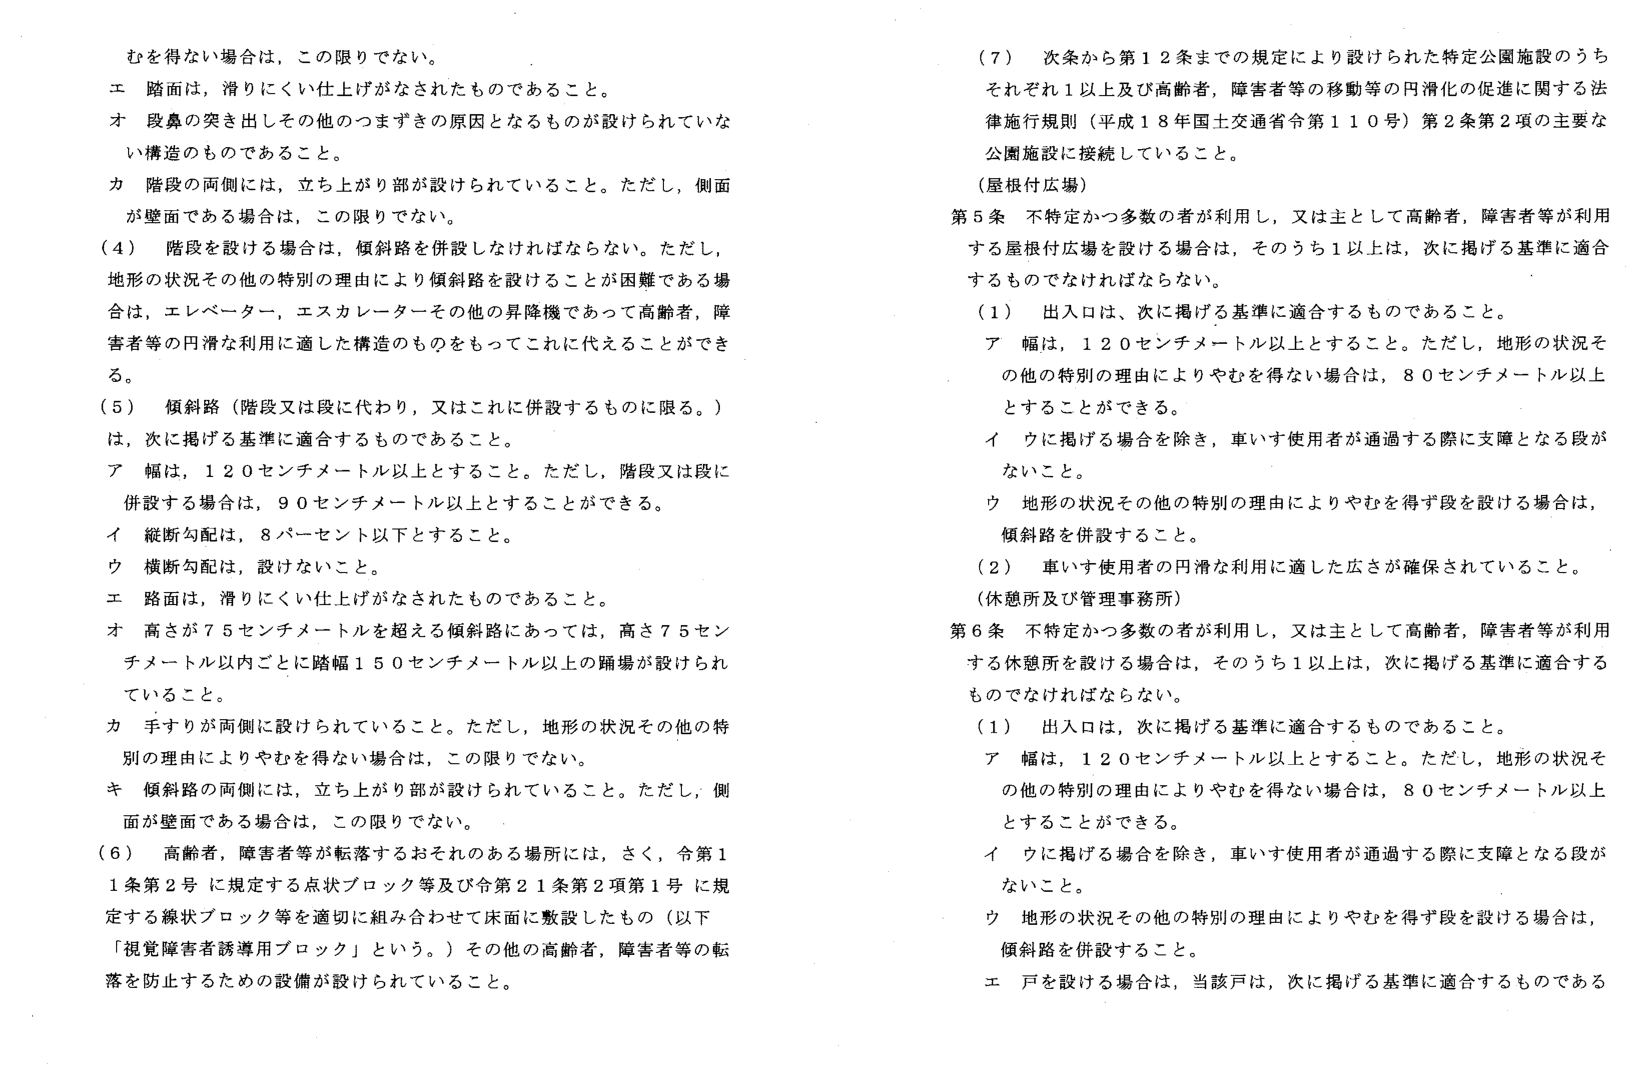
むを得ない場合は、この限りでない。
エ 踏面は、滑りにくい仕上げがなされたものであること。
オ 段鼻の突き出しその他のつまずきの原因となるものが設けられていない構造のものであること。
カ 階段の両側には、立ち上がり部が設けられていること。ただし、側面が壁面である場合は、この限りでない。
（４） 階段を設ける場合は、傾斜路を併設しなければならない。ただし、地形の状況その他の特別の理由により傾斜路を設けることが困難である場合は、エレベーター、エスカレーターその他の昇降機であって高齢者、障害者等の円滑な利用に適した構造のものをもってこれに代えることができる。
（５） 傾斜路（階段又は段に代わり、又はこれに併設するものに限る。）は、次に掲げる基準に適合するものであること。
ア 幅は、１２０センチメートル以上とすること。ただし、階段又は段に併設する場合は、９０センチメートル以上とすることができる。
イ 縦断勾配は、８パーセント以下とすること。
ウ 横断勾配は、設けないこと。
エ 路面は、滑りにくい仕上げがなされたものであること。
オ 高さが７５センチメートルを超える傾斜路にあっては、高さ７５センチメートル以内ごとに踏幅１５０センチメートル以上の踊場が設けられていること。
カ 手すりが両側に設けられていること。ただし、地形の状況その他の特別の理由によりやむを得ない場合は、この限りでない。
キ 傾斜路の両側には、立ち上がり部が設けられていること。ただし、側面が壁面である場合は、この限りでない。
（６） 高齢者、障害者等が転落するおそれのある場所には、さく、令第１１条第２号に規定する点状ブロック等及び令第２１条第２項第１号に規定する線状ブロック等を適切に組み合わせて床面に敷設したもの（以下「視覚障害者誘導用ブロック」という。）その他の高齢者、障害者等の転落を防止するための設備が設けられていること。
（７） 次条から第１２条までの規定により設けられた特定公園施設のうちそれぞれ１以上及び高齢者、障害者等の移動等の円滑化の促進に関する法律施行規則（平成１８年国土交通省令第１１０号）第２条第２項の主要な公園施設に接続していること。
（屋根付広場）
第５条 不特定かつ多数の者が利用し、又は主として高齢者、障害者等が利用する屋根付広場を設ける場合は、そのうち１以上は、次に掲げる基準に適合するものでなければならない。
（１） 出入口は、次に掲げる基準に適合するものであること。
ア 幅は、１２０センチメートル以上とすること。ただし、地形の状況その他の特別の理由によりやむを得ない場合は、８０センチメートル以上とすることができる。
イ ウに掲げる場合を除き、車いす使用者が通過する際に支障となる段がないこと。
ウ 地形の状況その他の特別の理由によりやむを得ず段を設ける場合は、傾斜路を併設すること。
（２） 車いす使用者の円滑な利用に適した広さが確保されていること。
（休憩所及び管理事務所）
第６条 不特定かつ多数の者が利用し、又は主として高齢者、障害者等が利用する休憩所を設ける場合は、そのうち１以上は、次に掲げる基準に適合するものでなければならない。
（１） 出入口は、次に掲げる基準に適合するものであること。
ア 幅は、１２０センチメートル以上とすること。ただし、地形の状況その他の特別の理由によりやむを得ない場合は、８０センチメートル以上とすることができる。
イ ウに掲げる場合を除き、車いす使用者が通過する際に支障となる段がないこと。
ウ 地形の状況その他の特別の理由によりやむを得ず段を設ける場合は、傾斜路を併設すること。
エ 戸を設ける場合は、当該戸は、次に掲げる基準に適合するものである